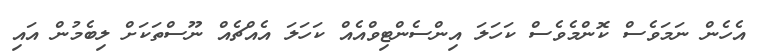
އެހެން ނަމަވެސް ކޮންމެވެސް ކަހަލަ އިންސެންޓިވްއެއް ކަހަލަ އެއްޗެއް ނޫސްތަކަށް ލިބެމުން އައި